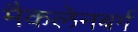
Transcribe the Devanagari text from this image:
मैकलेनबर्ग